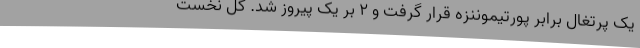
یک پرتغال برابر پورتیموننزه قرار گرفت و 2 بر یک پیروز شد. گل نخست